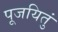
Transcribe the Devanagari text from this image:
पूजयितुं